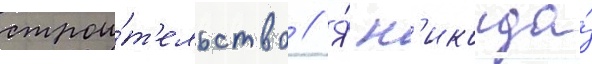
строи́т'ельство // Я́ н'икогда́